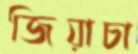
জিয়াচা